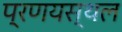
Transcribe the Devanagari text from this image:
प्रणयस्थल